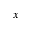
x